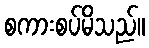
စကားစပ်မိသည်။